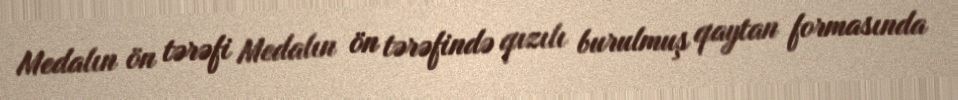
Medalın ön tərəfi Medalın ön tərəfində qızılı burulmuş qaytan formasında